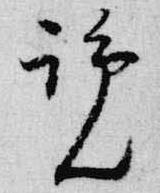
覧